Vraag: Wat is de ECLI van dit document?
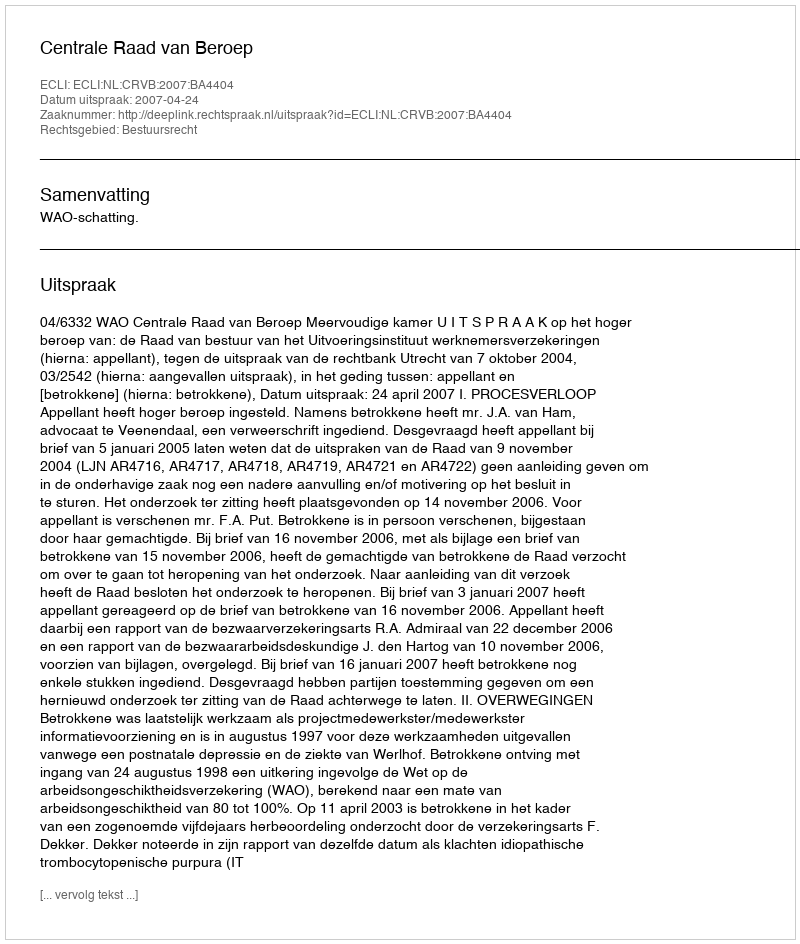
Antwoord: ECLI:NL:CRVB:2007:BA4404